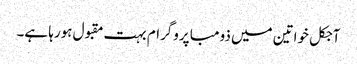
آجکل خواتین میں ذومبا پروگرام بہت مقبول ہورہا ہے۔